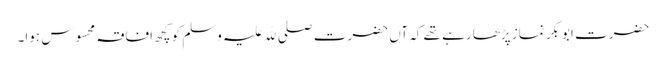
حضرت ابوبکر نماز پڑھا رہے تھے کہ آں حضرت صلی ﷲ علیہ وسلم کو کچھ افاقہ محسوس ہوا۔